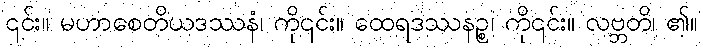
၎င်း။ မဟာစေတိယဒဿနံ၊ ကို၎င်း။ ထေရဒဿနဉ္စ၊ ကို၎င်း။ လဗ္ဘတိ၊ ၏။